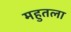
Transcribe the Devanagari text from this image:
महुतला